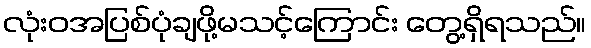
လုံးဝအပြစ်ပုံချဖို့မသင့်ကြောင်း တွေ့ရှိရသည်။